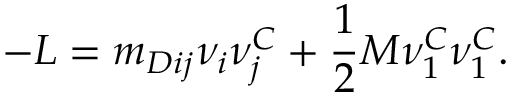
- { \cal L } = m _ { D i j } \nu _ { i } \nu _ { j } ^ { C } + \frac { 1 } { 2 } M \nu _ { 1 } ^ { C } \nu _ { 1 } ^ { C } .